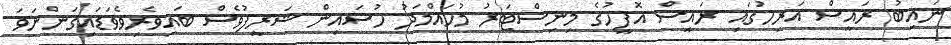
ނައިބު ރައީސް އަރިހުގައި ރައީސް އޮފީހުގެ މިނިސްޓަރު މުހައްމަދު ހުސައިން ޝަރީފުވެސް ބައިވެރިވެވަޑައިގަންނަވަ